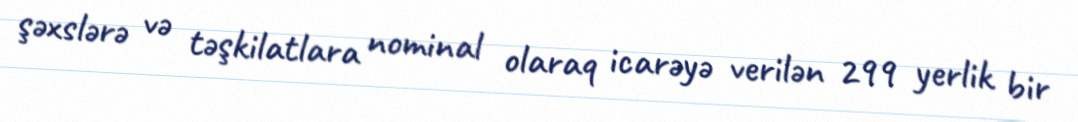
şəxslərə və təşkilatlara nominal olaraq icarəyə verilən 299 yerlik bir